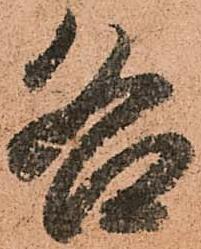
各